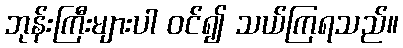
ဘုန်းကြီးများပါ ဝင်၍ သယ်ကြရသည်။